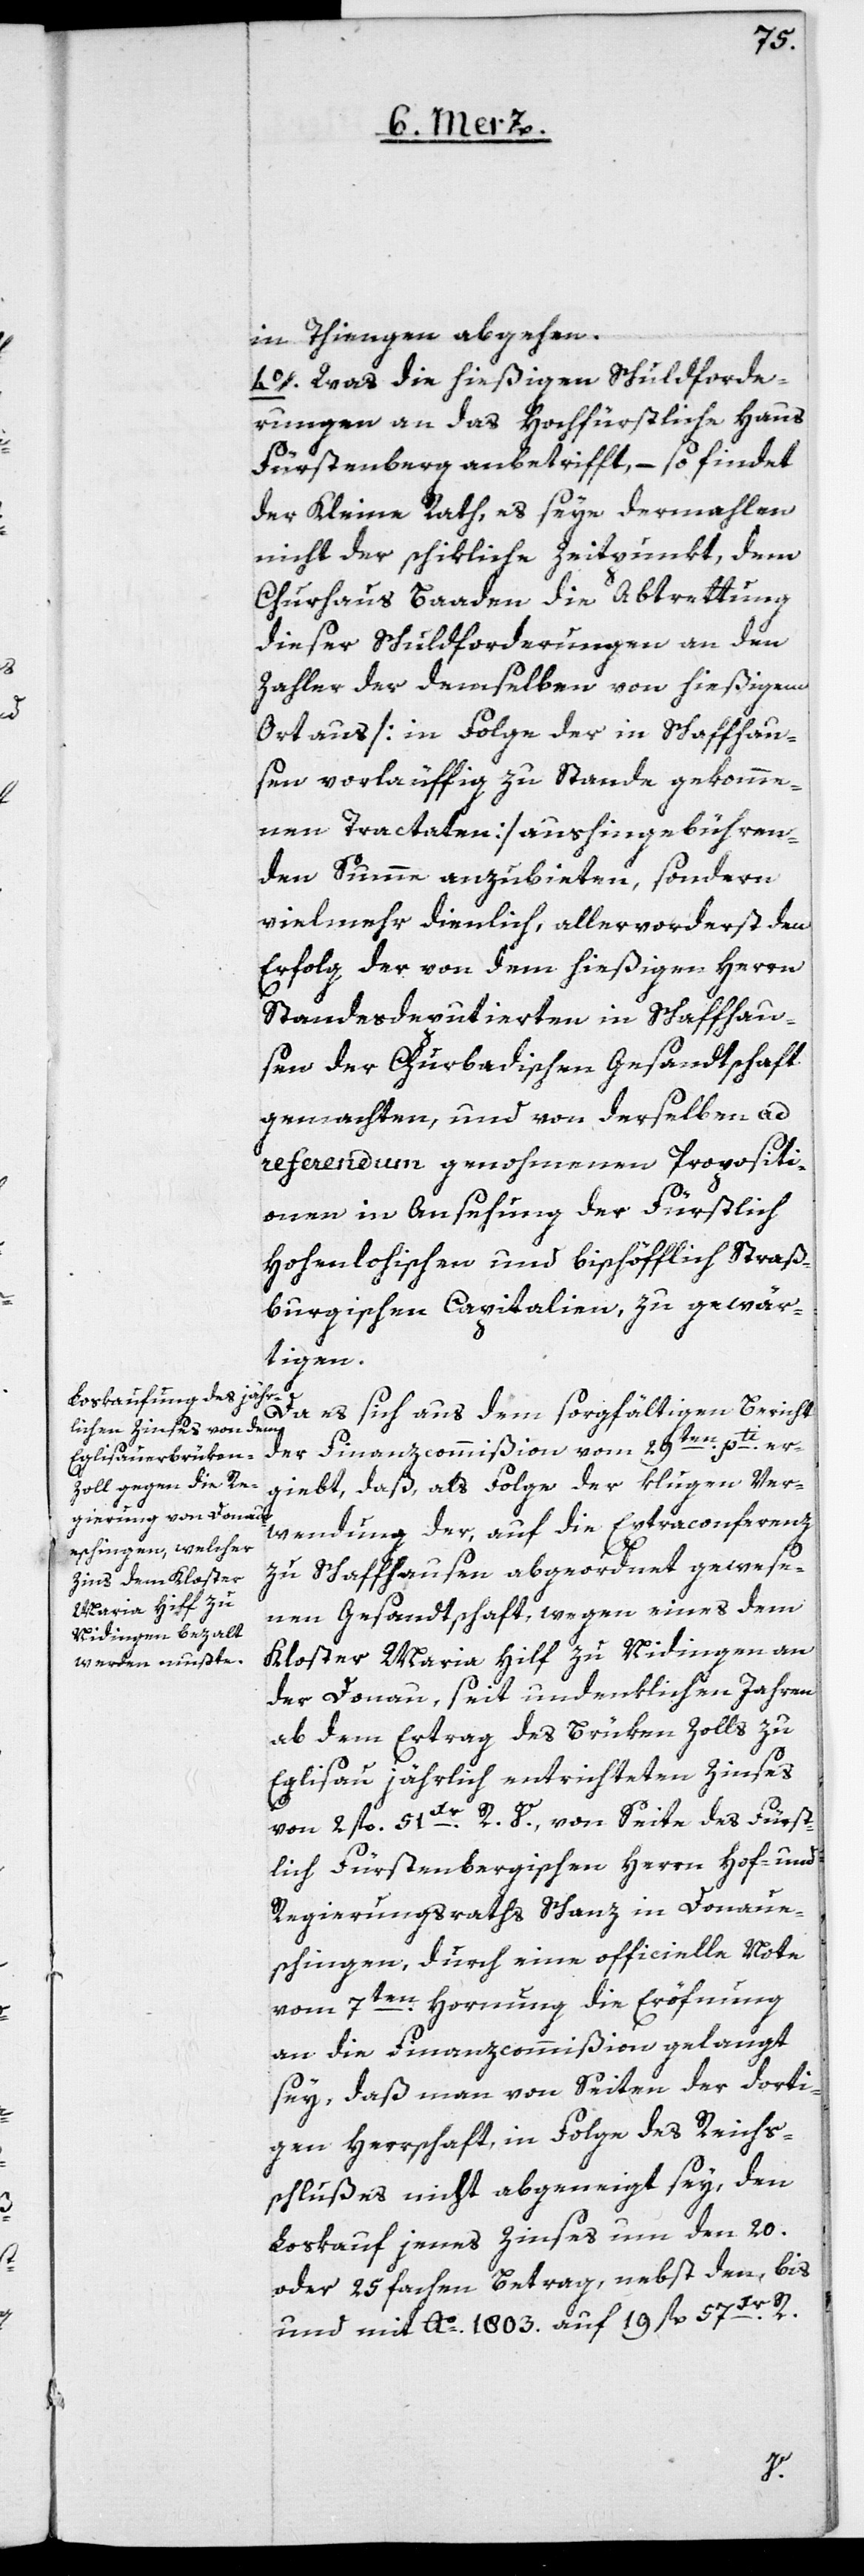
in Thiengen abgehen.
4o. Was die hießigen Schuldforde¬
rungen an das Hochfürstliche Haus
Fürstenberg anbetrifft, – so findet
der Kleine Rath, es seye dermahlen
nicht der schikliche Zeitpunkt, dem
Churhaus Baaden die Abtrettung
dieser Schuldforderungen an den
Zahler der demselben von hießigem
Ort aus [in Folge der in Schaffhau¬
sen vorläuffig zu Stande gekomme¬
nen Tractaten] aushingebühren¬
den Summe anzubieten, sondern
vielmehr dienlich, allervorderst den
Erfolg der von dem hießigen Herrn
Standesdeputierten in Schaffhau¬
sen der Churbadischen Gesandtschaft
gemachten, und von derselben ad
referendum genohmenen Propositi¬
onen in Ansehung der Fürstlich
Hohenlohischen und bischöfflich Straß¬
burgischen Capitalien, zu gewär¬
tigen.
Da es sich aus dem sorgfältigen Bericht
der Finanzcommißion vom 29ten pti er¬
giebt, daß, als Folge der klugen Ver¬
wendung der, auf die Extraconferenz
zu Schaffhausen abgeordnet gewese¬
nen Gesandtschaft, wegen eines dem
Kloster Maria Hilf zu Nidingen an
der Donau, seit undenklichen Jahren
ab dem Ertrag des Brüken Zolls zu
Eglisau jährlich entrichteten Zinses
von 2 fl. 51 Xr. R. V., von Seite des Fürst¬
lich Fürstenbergischen Herrn Hof- und
Regierungsraths Schanz in Donaue¬
schingen, durch eine officielle Note
vom 7ten Hornung die Eröfnung
an die Finanzcommißion gelangt
sey, daß man von Seiten der dorti¬
gen Herrschaft, in Folge des Reichs¬
schlußes nicht abgeneigt sey, den
Loskauf jenes Zinses um den 20.
oder 25 fachen Betrag, nebst den, bis
und mit Ao. 1803. auf 19 fl. 57 Xr. R.